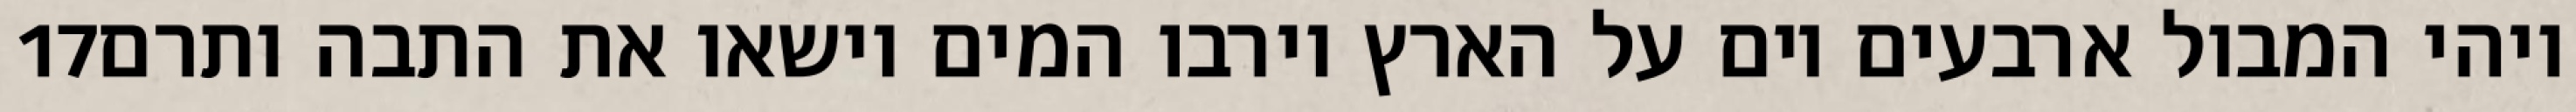
‎17‏ ויהי המבול ארבעים יום על הארץ וירבו המים וישאו את התבה ותרם